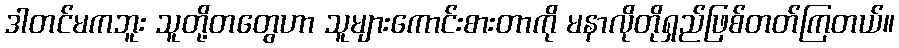
ဒါတင်မကဘူး သူတို့တတွေဟာ သူများကောင်းစားတာကို မနာလိုတိုရှည်ဖြစ်တတ်ကြတယ်။